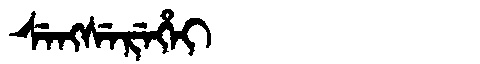
Manchu: ᠰᡝᠩᠰᡝᡵᡝᡥᡝᡳ
Romanization: SENGSEREHEI